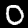
Digit: 0